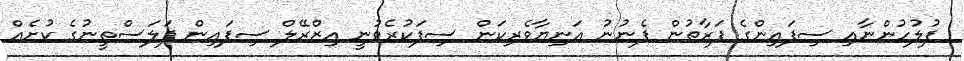
ފުލުހުންނާއި ސިފައިންގެ ފަރާތުން ފެނުނު އަނިޔާވެރިކަން ސިފަކުރެވުނީ އިޒްރޭލް ސިފައިން ފަލަސްތީނުގެ ކުށެއް